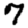
Digit: 7